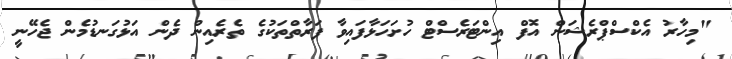
"މިހާރު އެކްސްޕްރެޝަން އޮފް އިންޓަރެސްޓް ހުށަހަޅާފައިވާ ފަރާތްތަކުގެ ތެރެއިން ދެން އަޅުގަނޑުމެން ޖެހޭނީ